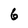
Character: 6